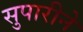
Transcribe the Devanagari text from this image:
सुपारीने